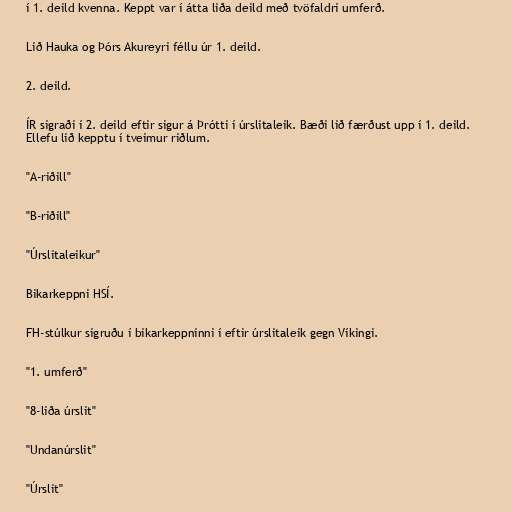
í 1. deild kvenna. Keppt var í átta liða deild með tvöfaldri umferð.

Lið Hauka og Þórs Akureyri féllu úr 1. deild.

2. deild.

ÍR sigraði í 2. deild eftir sigur á Þrótti í úrslitaleik. Bæði lið færðust upp í 1. deild.
Ellefu lið kepptu í tveimur riðlum.

"A-riðill"

"B-riðill"

"Úrslitaleikur"

Bikarkeppni HSÍ.

FH-stúlkur sigruðu í bikarkeppninni í eftir úrslitaleik gegn Víkingi.

"1. umferð"

"8-liða úrslit"

"Undanúrslit"

"Úrslit"